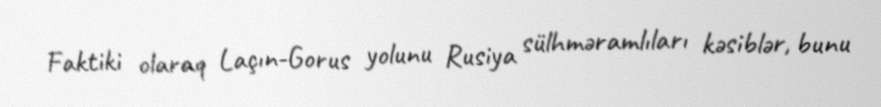
Faktiki olaraq Laçın-Gorus yolunu Rusiya sülhməramlıları kəsiblər, bunu